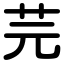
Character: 芫